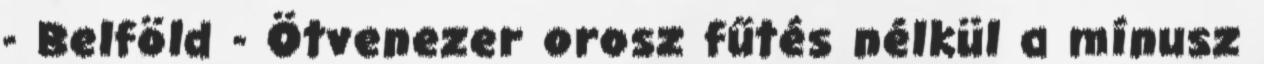
- Belföld - Ötvenezer orosz fűtés nélkül a mínusz